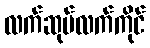
လက်ဆုပ်လက်ကိုင်